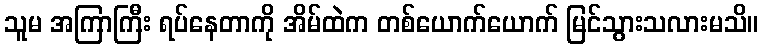
သူမ အကြာကြီး ရပ်နေတာကို အိမ်ထဲက တစ်ယောက်ယောက် မြင်သွားသလားမသိ။